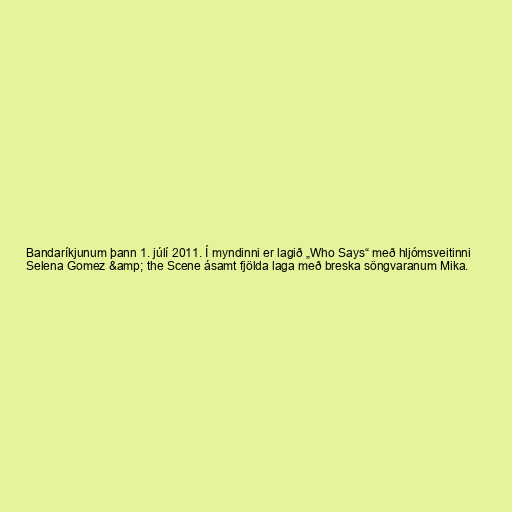
Bandaríkjunum þann 1. júlí 2011. Í myndinni er lagið „Who Says“ með hljómsveitinni
Selena Gomez &amp; the Scene ásamt fjölda laga með breska söngvaranum Mika.